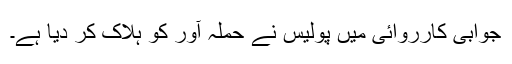
جوابی کارروائی میں پولیس نے حملہ آور کو ہلاک کر دیا ہے۔